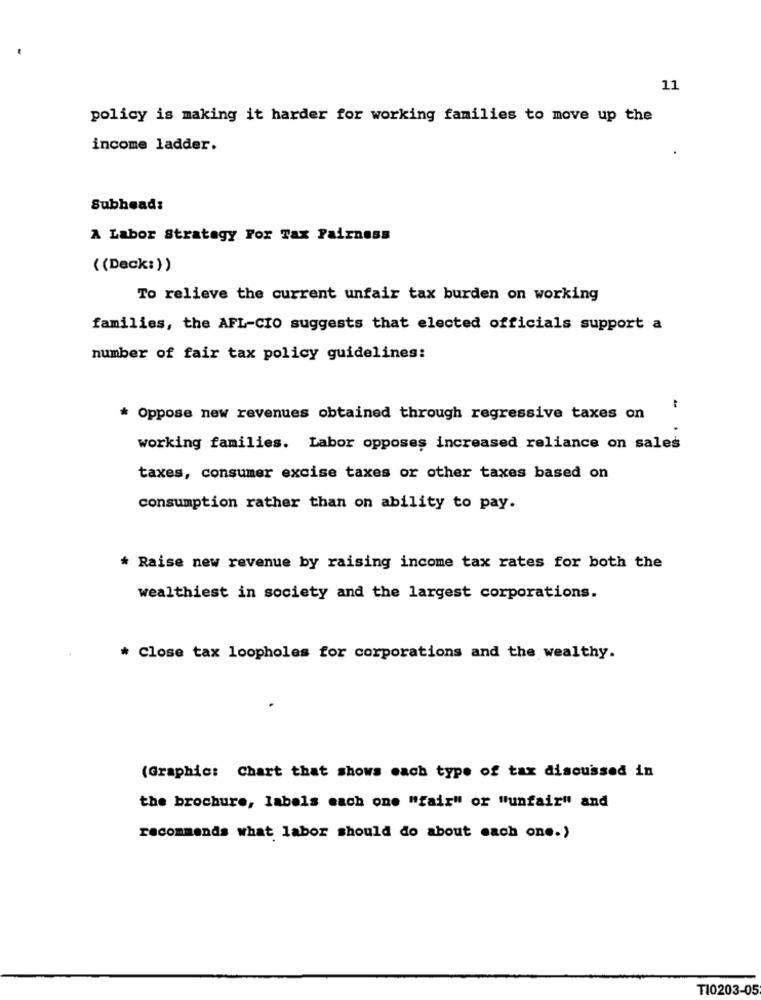
11
policy is making it harder for working families to move up the
income ladder.
Subhead:
A Labor Strategy For Tax Fairness
((Deck:))
To relieve the current unfair tax burden on working
families, the AFL-CIO suggests that elected officials support a
number of fair tax policy guidelines:
* Oppose new revenues obtained through regressive taxes on
working families. Labor opposes increased reliance on sales
taxes, consumer excise taxes or other taxes based on
consumption rather than on ability to pay.
* Raise new revenue by raising income tax rates for both the
wealthiest in society and the largest corporations.
* Close tax loopholes for corporations and the wealthy.
(Graphic: Chart that shows each type of tax discussed in
the brochure, labels each one "fair" or "unfair" and
recommends what labor should do about each one.)
T10203-05